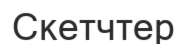
Скетчтер